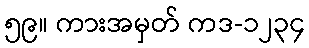
၅၉။ ကားအမှတ် ကဒ-၁၂၃၄